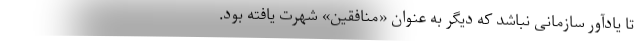
تا یادآور سازمانی نباشد که دیگر به عنوان «منافقین» شهرت یافته بود.